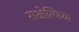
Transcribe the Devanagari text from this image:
राओल्फिया